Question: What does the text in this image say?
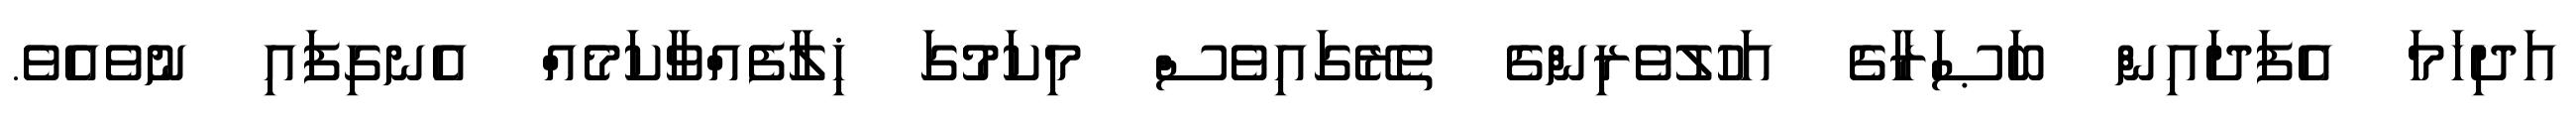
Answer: އަދިހަމަ އެފަދައިން ބަޞަރާގެ އަހުލުވެރިންގެ ތެރޭގައިވެސް މިކަމުގަ ޚިލާފެއްވާކަމެއް އެނގިފައި ނުވެއެވެ.